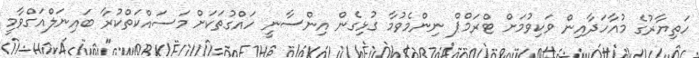
ހަތިޔާރުގެ މުއާހަދާއިން ވަކިވުމަށް ޓްރަމްޕް ނިންމެވުމާ ގުޅިގެން އިންސާނީ ހައްގުތަކަށް މަސައްކަތްކުރާ ބައިނަލްއަގްވާމީ